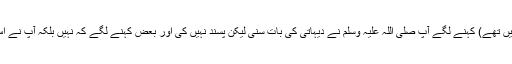
بعض لوگ (جو مجلس میں تھے) کہنے لگے آپ صلی اللہ علیہ وسلم نے دیہاتی کی بات سنی لیکن پسند نہیں کی اور بعض کہنے لگے کہ نہیں بلکہ آپ نے اس کی بات سنی ہی نہیں۔